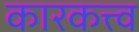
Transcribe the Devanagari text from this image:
कारकत्त्व